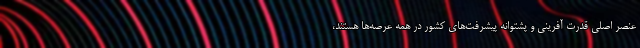
عنصر اصلی قدرت آفرینی و پشتوانه پیشرفت‌های کشور در همه عرصه‌ها هستند،